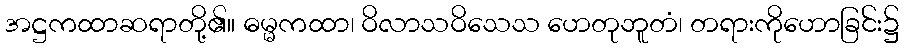
အဋ္ဌကထာဆရာတို့၏။ ဓမ္မကထာ၊ ဝိလာသဝိသေသ ဟေတုဘူတံ၊ တရားကိုဟောခြင်း၌